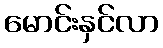
မောင်းနှင်လာ